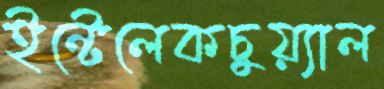
ইন্টেলেকচুয়্যাল